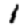
Digit: 1